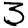
Digit: 3